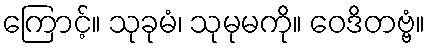
ကြောင့်။ သုခုမံ၊ သုမုမကို။ ဝေဒိတဗ္ဗံ။